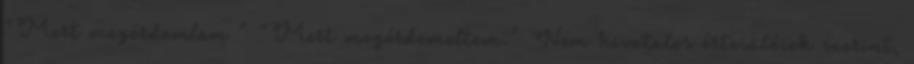
"Mert megérdemlem " "Mert megérdemeltem." Nem hivatalos értesülések szerint,